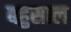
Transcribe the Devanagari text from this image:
बहुसाल